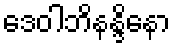
ဒေဝါဘိနန္ဒိနော